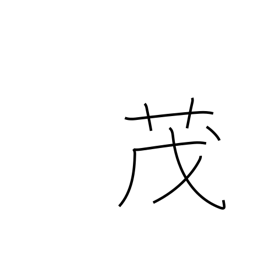
Meaning: grow thick